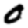
Digit: 0